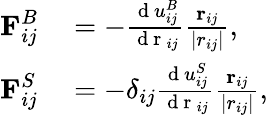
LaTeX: \begin{array}{rl}{\textbf{F}_{ij}^{B}}&{{}=-\frac{\mathrm{~d~}u_{ij}^{B}}{\mathrm{~d~r~}_{ij}}\frac{\textbf{r}_{ij}}{|r_{ij}|},}\\ {\textbf{F}_{ij}^{S}}&{{}=-\delta_{ij}\frac{\mathrm{~d~}u_{ij}^{S}}{\mathrm{~d~r~}_{ij}}\frac{\textbf{r}_{ij}}{|r_{ij}|},}\end{array}